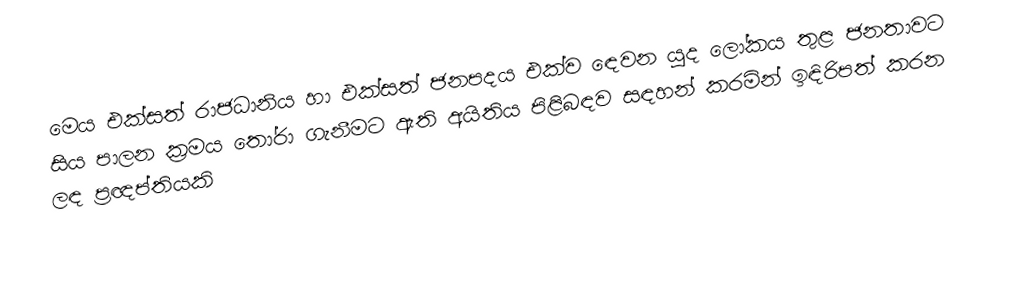
මෙය එක්සත් රාජධානිය හා එක්සත් ජනපදය එක්ව ඳෙවන යුද ලෝකය තුළ ජනතාවට සිය පාලන ක‍්‍රමය තෝරා ගැනීමට ඇති අයිතිය පිළිබඳව සඳහන් කරමින් ඉඳිරිපත් කරන ලඳ ප‍්‍රඥප්තියකි